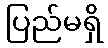
ပြည်မရှိ